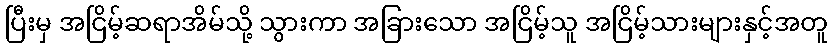
ပြီးမှ အငြိမ့်ဆရာအိမ်သို့ သွားကာ အခြားသော အငြိမ့်သူ အငြိမ့်သားများနှင့်အတူ